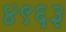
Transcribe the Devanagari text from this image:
४९६३